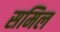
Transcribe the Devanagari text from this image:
समिल